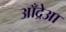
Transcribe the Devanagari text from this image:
आँद्रेआ